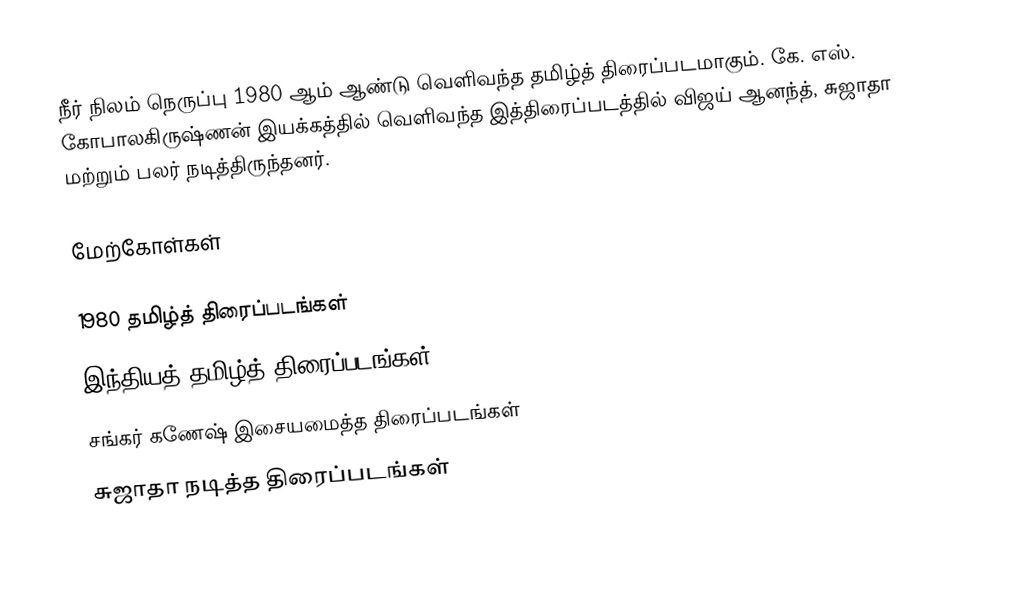
நீர் நிலம் நெருப்பு 1980 ஆம் ஆண்டு வெளிவந்த தமிழ்த் திரைப்படமாகும். கே. எஸ். கோபாலகிருஷ்ணன் இயக்கத்தில் வெளிவந்த இத்திரைப்படத்தில் விஜய் ஆனந்த், சுஜாதா மற்றும் பலர் நடித்திருந்தனர்.

மேற்கோள்கள்

1980 தமிழ்த் திரைப்படங்கள்
இந்தியத் தமிழ்த் திரைப்படங்கள்
சங்கர் கணேஷ் இசையமைத்த திரைப்படங்கள்
சுஜாதா நடித்த திரைப்படங்கள்